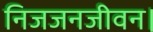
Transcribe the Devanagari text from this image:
निजजनजीवन।